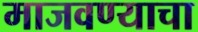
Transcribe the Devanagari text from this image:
माजवण्याचा